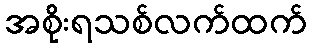
အစိုးရသစ်လက်ထက်